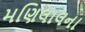
મણિલાલના